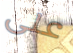
على